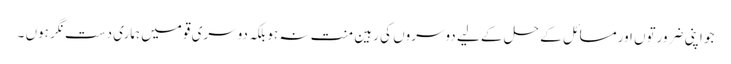
جو اپنی ضرورتوں اورمسائل کے حل کے لیے دوسروں کی رہین منت نہ ہوبلکہ دوسری قومیں ہماری دست نگر ہوں ۔